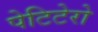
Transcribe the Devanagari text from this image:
पेटिटेरो